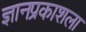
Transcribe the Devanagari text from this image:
ज्ञानप्रकाशला